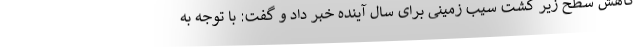
کاهش سطح زیر کشت سیب زمینی برای سال آینده خبر داد و گفت: با توجه به